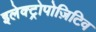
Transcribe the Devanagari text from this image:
इलेक्ट्रोपोज़िटिव